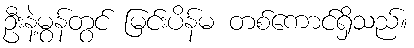
ဦးနဲ့မွန်တွင် မြင်းပိန်မ တစ်ကောင်ရှိသည်။